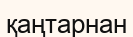
қаңтарнан